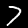
Label: 7